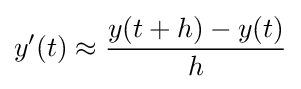
y'(t)\approx {\frac {y(t+h)-y(t)}{h}}